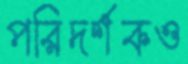
পরিদর্শকও